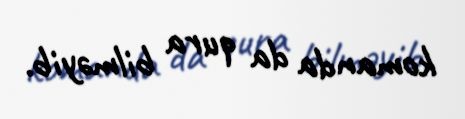
komanda da qura bilməyib.